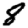
Digit: 8